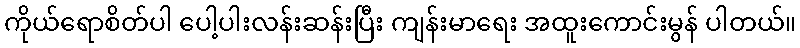
ကိုယ်ရောစိတ်ပါ ပေါ့ပါးလန်းဆန်းပြီး ကျန်းမာရေး အထူးကောင်းမွန် ပါတယ်။